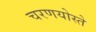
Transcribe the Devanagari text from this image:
चरणयोस्ते